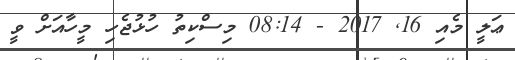
ޢަލީ މެއި 16